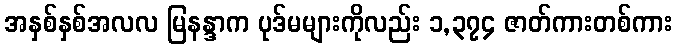
အနှစ်နှစ်အလလ မြနန္ဒာက ပုဒ်မများကိုလည်း ၁,၃၇၄ ဇာတ်ကားတစ်ကား